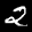
Label: 2